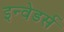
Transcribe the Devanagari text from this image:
इन्वेडर्स